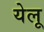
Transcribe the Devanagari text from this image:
येलू